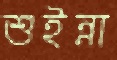
শুইন্না